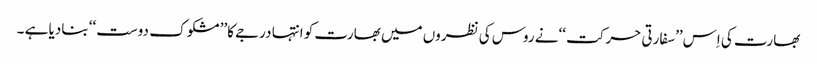
بھارت کی اِس’’سفارتی حرکت ‘‘نے روس کی نظروں میں بھارت کو انتہا درجے کا’’ مشکو ک دوست‘‘ بنادیا ہے ۔